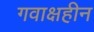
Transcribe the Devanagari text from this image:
गवाक्षहीन